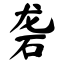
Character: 砻